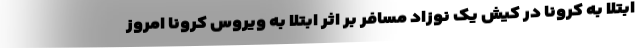
ابتلا به کرونا در کیش یک نوزاد مسافر بر اثر ابتلا به ویروس کرونا امروز